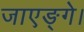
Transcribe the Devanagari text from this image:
जाएङ्गे।